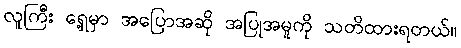
လူကြီး ရှေ့မှာ အပြောအဆို အပြုအမူကို သတိထားရတယ်။